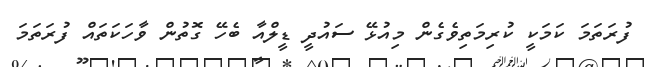
ފުރަތަމަ ކަމަކީ ކުރިމަތިވެގެން މިއުޅޭ ސައުދީ ޑީލްއާ ބެހޭ ގޮތުން ވާހަކަތައް ފުރަތަމަ